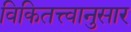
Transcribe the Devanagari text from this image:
विकितत्त्वानुसार